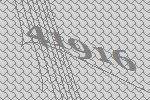
41916